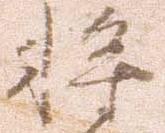
将